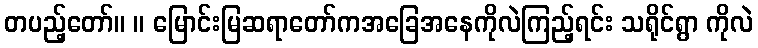
တပည့်တော်။ ။ မြောင်းမြဆရာတော်ကအခြေအနေကိုလဲကြည့်ရင်း သရိုင်ရွာ ကိုလဲ